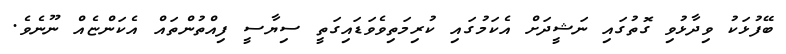
ބޭފުޅަކު ވިދާޅުވި ގޮތުގައި ނަޝީދަށް އެކަމުގައި ކުރިމަތިވެވަޑައިގަތީ ސިޔާސީ ފިއްތުންތައް އެކަންޏެއް ނޫނެވެ.